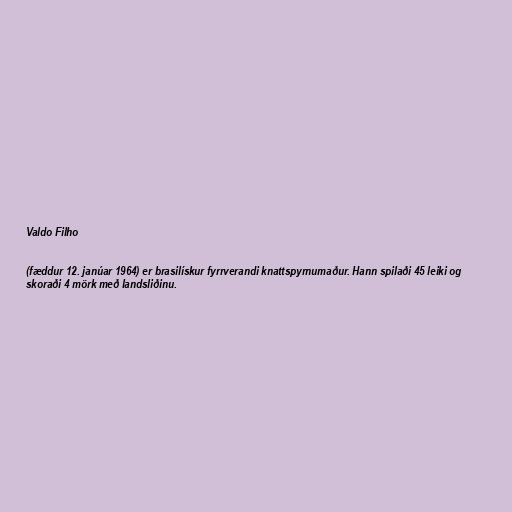
Valdo Filho

(fæddur 12. janúar 1964) er brasilískur fyrrverandi knattspyrnumaður. Hann spilaði 45 leiki og
skoraði 4 mörk með landsliðinu.